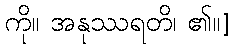
ကို။ အနုဿရတိ၊ ၏။]